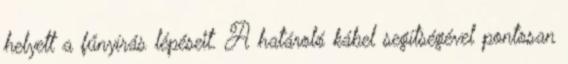
helyett a fűnyírás lépéseit. A határoló kábel segítségével pontosan